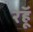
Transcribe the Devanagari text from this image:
रहॅू